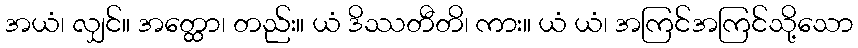
အယံ၊ လျှင်။ အတ္ထော၊ တည်း။ ယံ ဒိဿတီတိ၊ ကား။ ယံ ယံ၊ အကြင်အကြင်သို့သော